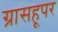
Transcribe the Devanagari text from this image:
ग्रासहूपर